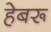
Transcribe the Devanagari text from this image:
हेबरू